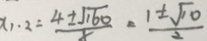
X _ { 1 . 2 } = \frac { 4 \pm \sqrt { 1 6 0 } } { x } = \frac { 1 \pm \sqrt { 1 0 } } { 2 }